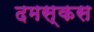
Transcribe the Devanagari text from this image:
दमस्कस